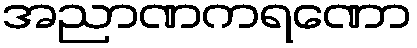
အညာဏကရဏော